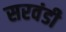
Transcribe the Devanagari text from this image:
सरवंडी